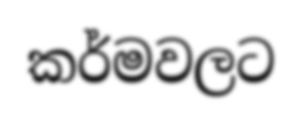
කර්මවලට